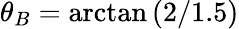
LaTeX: \theta_{B}=\arctan{(2/1.5)}